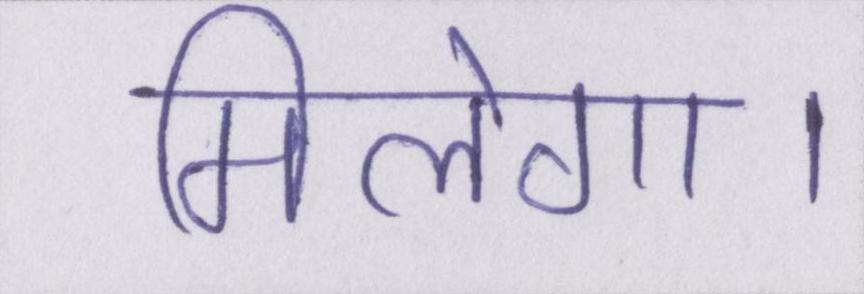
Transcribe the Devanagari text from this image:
मिलेगा।